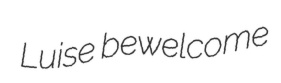
Luise bewelcome